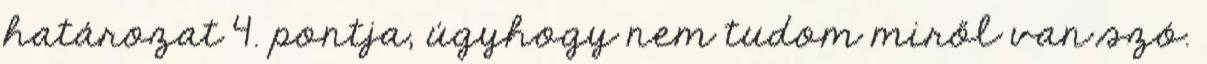
határozat 4. pontja, úgyhogy nem tudom miről van szó.